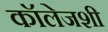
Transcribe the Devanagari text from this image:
कॉलेजशी